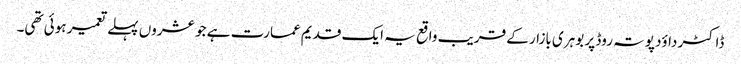
ڈاکٹر داوٴد پوتہ روڈ پر بوہری بازار کے قریب واقع یہ ایک قدیم عمارت ہے جو عشروں پہلے تعمیر ہوئی تھی۔